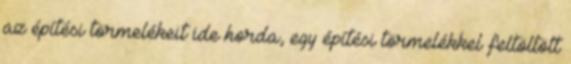
az építési törmelékeit ide horda, egy építési törmelékkel feltöltött